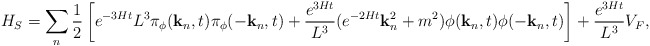
\begin{align*}H_S=\sum_n \frac{1}{2} \left[ e^{-3Ht} L^3\pi_{\phi}({\bf k}_n,t)\pi_{\phi}(-{\bf k}_n,t)+ \frac{e^{3Ht}}{L^3}(e^{-2Ht}{\bf k}_n^2+m^2)\phi({\bf k}_n,t)\phi(-{\bf k}_n,t)\right] +\frac{e^{3Ht}}{L^3}V_F,\end{align*}